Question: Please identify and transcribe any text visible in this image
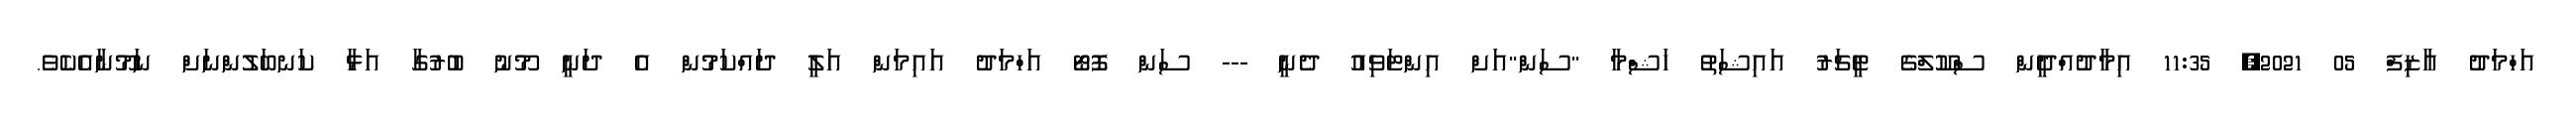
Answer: އަހްމަދު އާޒިފް 05 2021, 11:35 އިމާދުއްދީން ސްކޫލްގެ ޓީޗަރު އައިޝަތު ހަޝްމާ "ސަން"އަށް އިންޓަވިއު ދެނީ --- ސަން ފޮޓޯ އަހްމަދު އައިމަން އަލީ ދައްކަމުން އެ ދަނީ މޫނު ބުރުގާ އަޅާ ކަނބަލުންނަށް ނަމޫނާއެކެވެ.